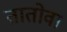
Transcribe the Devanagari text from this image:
तातोवा